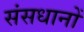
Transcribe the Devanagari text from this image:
संसधानों